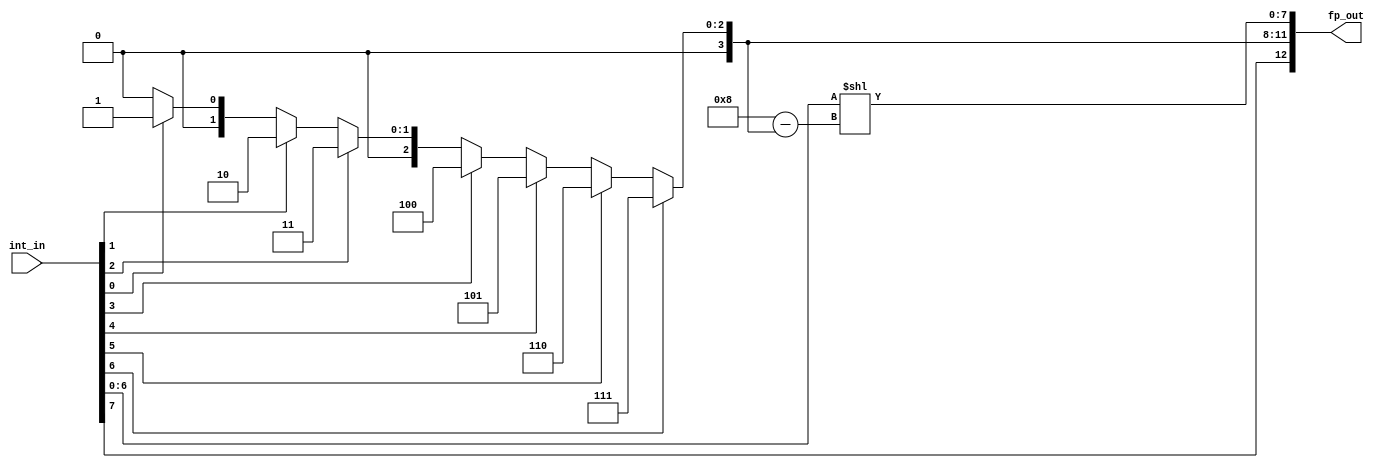
module int_to_fp
	(
		input wire [7:0] int_in,
		output reg [12:0] fp_out
	);
	
	// Signal declaration
	localparam N_BIT = 8;
	reg [6:0] int_mag;
	reg [3:0] fp_exp;
	reg [7:0] fp_frac;
	reg [3:0] lead0;
	
	// Body
	always @*
	begin
		int_mag[6:0] = int_in[6:0];
	
		// Get floating point exponent
		if (int_mag[6])
			fp_exp = 4'o7;
		else if (int_mag[5])
			fp_exp = 4'o6;
		else if (int_mag[4])
			fp_exp = 4'o5;
		else if (int_mag[3])
			fp_exp = 4'o4;
		else if (int_mag[2])
			fp_exp = 4'o3;
		else if (int_mag[1])
			fp_exp = 4'o2;
		else if (int_mag[0])
			fp_exp = 4'o1;
		else
			fp_exp = 4'o0;
		
		// Get floating point fraction by shifting 
		// int magnitude according to leading 0
		lead0 = N_BIT - fp_exp;
		fp_frac = int_mag << lead0;
		
		// Form output
		fp_out[12] = int_in[7];		// Sign
		fp_out[11:8] = fp_exp[3:0];
		fp_out[7:0] = fp_frac[7:0];
	end
	
endmodule